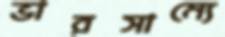
ভারসাম্যে